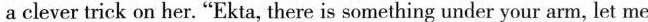
a clever trick on her."Ekta, there is something under your arm, let me